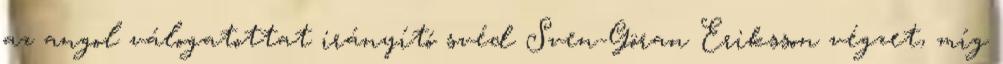
az angol válogatottat irányító svéd Sven-Göran Eriksson végzet, míg